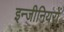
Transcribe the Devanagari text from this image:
इन्जीनियरों